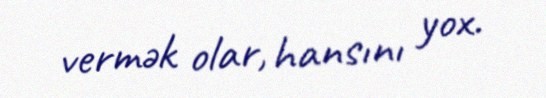
vermək olar, hansını yox.